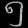
Digit: ၅